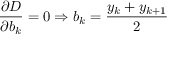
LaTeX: { \frac { \partial D } { \partial b _ { k } } } = 0 \Rightarrow b _ { k } = { \frac { y _ { k } + y _ { k + 1 } } { 2 } }